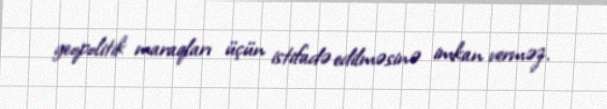
geopolitik maraqları üçün istifadə edilməsinə imkan verməz.